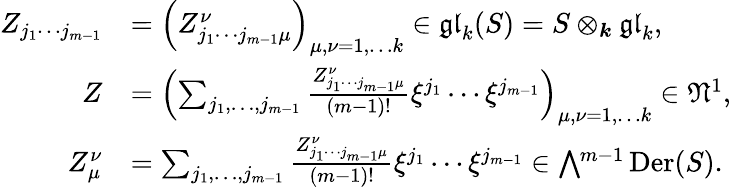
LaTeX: \begin{array}{rl}{Z_{j_{1}\cdots j_{m-1}}}&{=\left(Z_{j_{1}\cdots j_{m-1}\mu}^{\nu}\right)_{\mu,\nu=1,\dots k}\in\mathfrak{gl}_{k}(S)=S\otimes_{\boldsymbol k}\mathfrak{gl}_{k},}\\ {Z}&{=\left(\sum_{j_{1},\dots,j_{m-1}}\frac{Z_{j_{1}\cdots j_{m-1}\mu}^{\nu}}{(m-1)!}\xi^{j_{1}}\cdots\xi^{j_{m-1}}\right)_{\mu,\nu=1,\dots k}\in\mathfrak{N}^{1},}\\ {Z_{\mu}^{\nu}}&{=\sum_{j_{1},\dots,j_{m-1}}\frac{Z_{j_{1}\cdots j_{m-1}\mu}^{\nu}}{(m-1)!}\xi^{j_{1}}\cdots\xi^{j_{m-1}}\in\bigwedge\ \! \! \! ^{m-1}\operatorname{Der}(S).}\end{array}